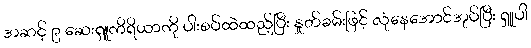
အဆင့် ၉ ဆေးရှူကိရိယာကို ပါးစပ်ထဲထည့်ပြီး နှုတ်ခမ်းဖြင့် လုံနေအောင်အုပ်ပြီး ရှူပါ